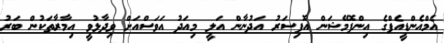
އެމްއެންޑީއެފްގެ އިންފޮމޭޝަން އޮފިސަރު އަދުނާން އަލީ މިއަދު އަވަސްއަށް ވިދާޅުވީ އިމާރާތަކުން ބަރު